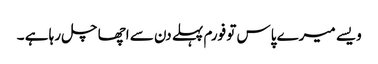
ویسے میرے پاس تو فورم پہلے دن سے اچھا چل رہا ہے ۔